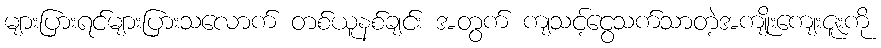
များပြားရင်များပြားသလောက် တစ်ယူနစ်ချင်း အတွက် ကျသင့်ငွေသက်သာတဲ့အကျိုးကျေးဇူးကို